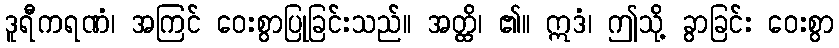
ဒူရီကရဏံ၊ အကြင် ဝေးစွာပြုခြင်းသည်။ အတ္ထိ၊ ၏။ ဣဒံ၊ ဤသို့ ခွာခြင်း ဝေးစွာ